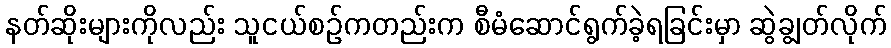
နတ်ဆိုးများကိုလည်း သူငယ်စဉ်ကတည်းက စီမံဆောင်ရွက်ခဲ့ရခြင်းမှာ ဆွဲချွတ်လိုက်